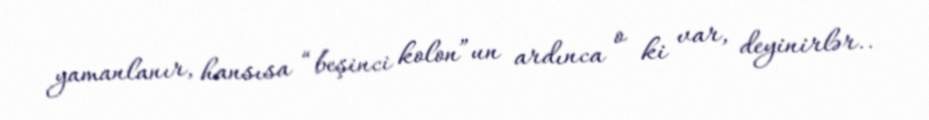
yamanlanır, hansısa “beşinci kolon”un ardınca o ki var, deyinirlər..